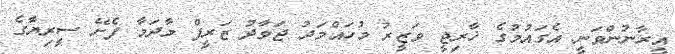
އީރާނުންވަނީ އެގައުމުގެ ޚާރިޖީ ވަޒީރު މުހައްމަދު ޖަވާދު ޒަރީފް މާދަމާ ފެށޭ ސީރިޔާގެ